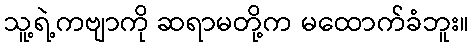
သူ့ရဲ့ကဗျာကို ဆရာမတို့က မထောက်ခံဘူး။